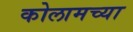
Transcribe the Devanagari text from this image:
कोलामच्या